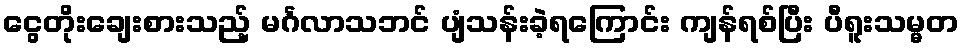
ငွေတိုးချေးစားသည့် မင်္ဂလာသဘင် ပျံသန်းခဲ့ရကြောင်း ကျန်ရစ်ပြီး ပီရူးသမ္မတ